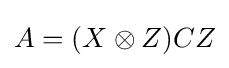
A=(X\otimes Z)CZ